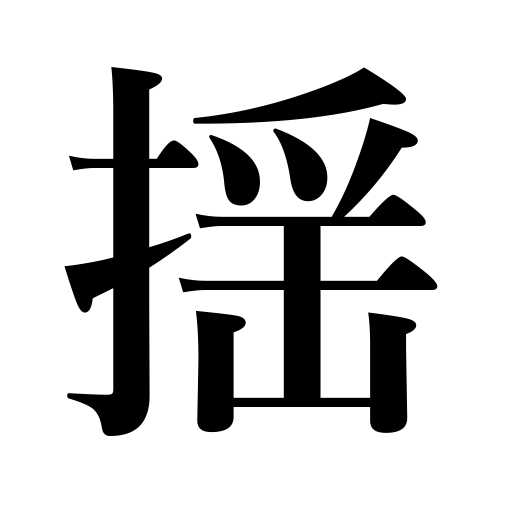
Meanings: pitch,swing,sway,quake,flicker,jolt,roll,vibrate,tremble,rock,shake